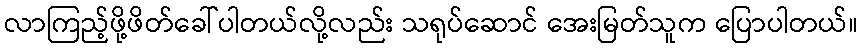
လာကြည့်ဖို့ဖိတ်ခေါ်ပါတယ်လို့လည်း သရုပ်ဆောင် အေးမြတ်သူက ပြောပါတယ်။